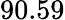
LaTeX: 90.59